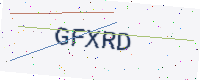
Text: GFXRD